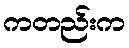
ကတည်းက